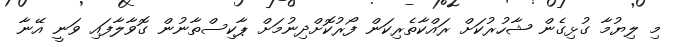
މި ލިޔުމާ ގުޅިގެން ޝާހުރުކަށް ރައްކާތެރިކަން ފޯރުކޮށްދިނުމަށް ޕާކިސްތާނުން ގޮވާލާފައި ވަނީ އޭނާ